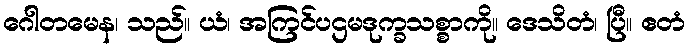
ဂေါတမေန၊ သည်။ ယံ၊ အကြင်ပဌမဒုက္ခသစ္စာကို။ ဒေသိတံ၊ ပြီ။ ဧတံ